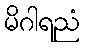
မိဂါရညံ